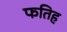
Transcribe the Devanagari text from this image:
फतिह